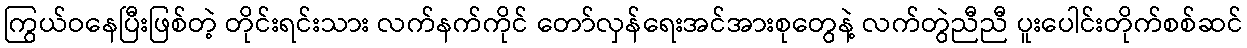
ကြွယ်ဝနေပြီးဖြစ်တဲ့ တိုင်းရင်းသား လက်နက်ကိုင် တော်လှန်ရေးအင်အားစုတွေနဲ့ လက်တွဲညီညီ ပူးပေါင်းတိုက်စစ်ဆင်